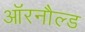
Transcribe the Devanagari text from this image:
ऑरनौल्ड